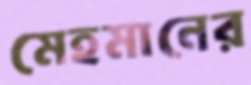
মেহমানের